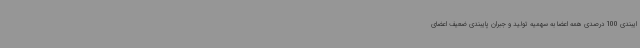
ایبندی 100 درصدی همه اعضا به سهمیه تولید و جبران پایبندی ضعیف اعضای